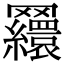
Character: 𦍃